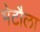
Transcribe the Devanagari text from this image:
भेटौला